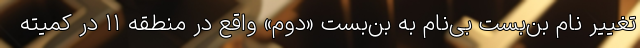
تغییر نام بن‌بست بی‌نام به بن‌بست «دوم» واقع در منطقه ۱۱ در کمیته